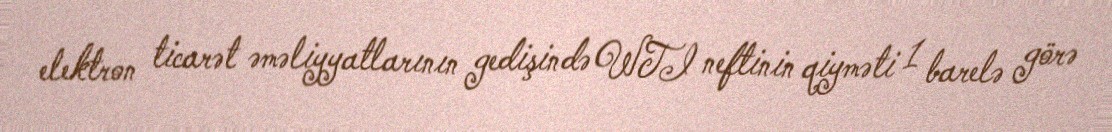
elektron ticarət əməliyyatlarının gedişində WTI neftinin qiyməti 1 barelə görə